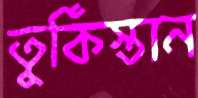
তুর্কিস্তান